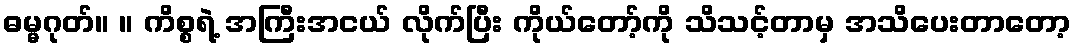
ဓမ္မဂုတ်။ ။ ကိစ္စရဲ့ အကြီးအငယ် လိုက်ပြီး ကိုယ်တော့်ကို သိသင့်တာမှ အသိပေးတာတော့